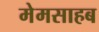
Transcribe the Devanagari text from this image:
मेमसाहब